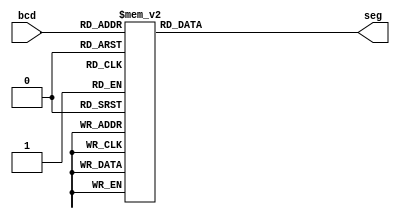
module Seven_Segment_Display(
     bcd,
     seg
    );
     
     //Declare inputs,outputs and internal variables.
     input [3:0] bcd;
     output [6:0] seg;
     reg [6:0] seg;

//always block for converting bcd digit into 7 segment format
    always @(bcd)
    begin
        case (bcd) //case statement
            0 : seg = 7'b0000001;
            1 : seg = 7'b1001111;
            2 : seg = 7'b0010010;
            3 : seg = 7'b0000110;
            4 : seg = 7'b1001100;
            5 : seg = 7'b0100100;
            6 : seg = 7'b0100000;
            7 : seg = 7'b0001111;
            8 : seg = 7'b0000000;
            9 : seg = 7'b0000100;
            //switch off 7 segment character when the bcd digit is not a decimal number.
            default : seg = 7'b1111111; 
        endcase
    end
    
endmodule